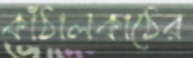
কাঁঠালকাঠের